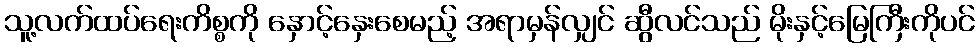
သူ့လက်ထပ်ရေးကိစ္စကို နှောင့်နှေးစေမည့် အရာမှန်လျှင် ဆွီလင်သည် မိုးနှင့်မြေကြီးကိုပင်